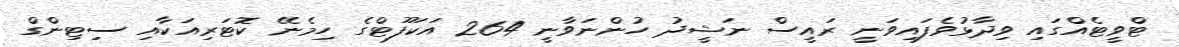
ޓްވީޓެއްގައި ވިދާޅުވެފައިވަނީ ރައީސް ނަޝީދު ހުންނަވާނީ 264 އަކަފޫޓްގެ ހިމެނޭ ކޮޓަރިއަކާއި ސިޓިންގް